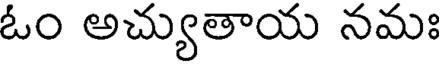
ఓం అచ్యుతాయ నమః